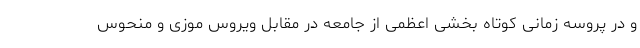
و در پروسه زمانی کوتاه بخشی اعظمی از جامعه در مقابل ویروس موزی و منحوس